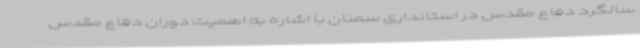
سالگرد دفاع مقدس در استانداری سمنان با اشاره به اهمیت دوران دفاع مقدس